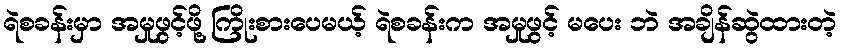
ရဲစခန်းမှာ အမှုဖွင့်ဖို့ ကြိုးစားပေမယ့် ရဲစခန်းက အမှုဖွင့် မပေး ဘဲ အချိန်ဆွဲထားတဲ့